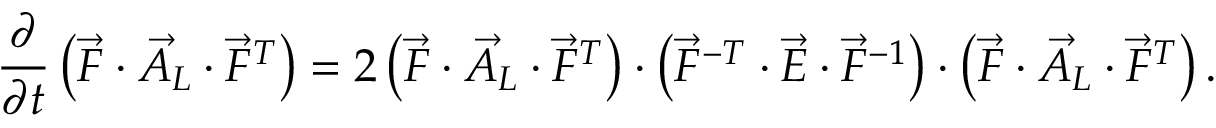
\frac { \partial } { \partial t } \left( \vec { F } \cdot \vec { A } _ { L } \cdot \vec { F } ^ { T } \right) = 2 \left( \vec { F } \cdot \vec { A } _ { L } \cdot \vec { F } ^ { T } \right) \cdot \left( \vec { F } ^ { - T } \cdot \vec { E } \cdot \vec { F } ^ { - 1 } \right) \cdot \left( \vec { F } \cdot \vec { A } _ { L } \cdot \vec { F } ^ { T } \right) .